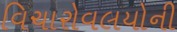
વિચારોવલયોની